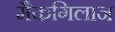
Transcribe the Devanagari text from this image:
मैकगिलान